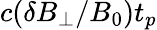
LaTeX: c(\delta B_{\perp}/B_{0})t_{p}